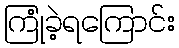
ကြုံခဲ့ရကြောင်း